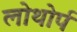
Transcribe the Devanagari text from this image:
लोथोर्प